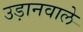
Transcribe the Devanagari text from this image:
उड़ानवाले